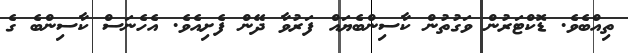
ތިއްބެވެ. ޑޮކްޓަރުން ވަގުތުން ކާސިންބެޔައް ފަރުވާ ދޭން ފެށިއެވެ. އެހެނަސް ކާސިންބެ ގެ